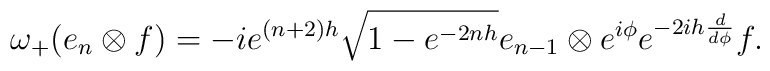
\omega_{+}(e_n\otimes f)=-ie^{(n+2)h}\sqrt{1-e^{-2nh}}e_{n-1}\otimes e^{i\phi}e^{-2ih\frac{d}{d\phi}}f.